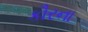
કૌરના